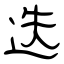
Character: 迭